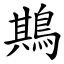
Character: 䳢